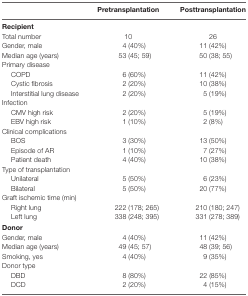
<table><thead><tr><td></td><td><b>Pretransplantation</b></td><td><b>Posttransplantation</b></td></tr></thead><tbody><tr><td><b>Recipient</b></td><td></td><td></td></tr><tr><td>Total number</td><td>10</td><td>26</td></tr><tr><td>Gender, male</td><td>4 (40%)</td><td>11 (42%)</td></tr><tr><td>Median age (years)</td><td>53 (45; 59)</td><td>50 (38; 55)</td></tr><tr><td>Primary disease</td><td></td><td></td></tr><tr><td> COPD</td><td>6 (60%)</td><td>11 (42%)</td></tr><tr><td> Cystic fibrosis</td><td>2 (20%)</td><td>10 (38%)</td></tr><tr><td> Interstitial lung disease</td><td>2 (20%)</td><td>5 (19%)</td></tr><tr><td>Infection</td><td></td><td></td></tr><tr><td> CMV high risk</td><td>2 (20%)</td><td>5 (19%)</td></tr><tr><td> EBV high risk</td><td>1 (10%)</td><td>2 (8%)</td></tr><tr><td>Clinical complications</td><td></td><td></td></tr><tr><td> BOS</td><td>3 (30%)</td><td>13 (50%)</td></tr><tr><td> Episode of AR</td><td>1 (10%)</td><td>7 (27%)</td></tr><tr><td> Patient death</td><td>4 (40%)</td><td>10 (38%)</td></tr><tr><td>Type of transplantation</td><td></td><td></td></tr><tr><td> Unilateral</td><td>5 (50%)</td><td>6 (23%)</td></tr><tr><td> Bilateral</td><td>5 (50%)</td><td>20 (77%)</td></tr><tr><td>Graft ischemic time (min)</td><td></td><td></td></tr><tr><td> Right lung</td><td>222 (178; 265)</td><td>210 (180; 247)</td></tr><tr><td> Left lung</td><td>338 (248; 395)</td><td>331 (278; 389)</td></tr><tr><td><b>Donor</b></td><td></td><td></td></tr><tr><td>Gender, male</td><td>4 (40%)</td><td>11 (42%)</td></tr><tr><td>Median age (years)</td><td>49 (45; 57)</td><td>48 (39; 56)</td></tr><tr><td>Smoking, yes</td><td>4 (40%)</td><td>9 (35%)</td></tr><tr><td>Donor type</td><td></td><td></td></tr><tr><td> DBD</td><td>8 (80%)</td><td>22 (85%)</td></tr><tr><td> DCD</td><td>2 (20%)</td><td>4 (15%)</td></tr></tbody></table>